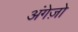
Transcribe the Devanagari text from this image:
अंगेज़ो